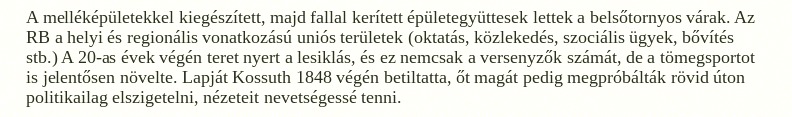
A melléképületekkel kiegészített, majd fallal kerített épületegyüttesek lettek a belsőtornyos várak. Az RB a helyi és regionális vonatkozású uniós területek (oktatás, közlekedés, szociális ügyek, bővítés stb.) A 20-as évek végén teret nyert a lesiklás, és ez nemcsak a versenyzők számát, de a tömegsportot is jelentősen növelte. Lapját Kossuth 1848 végén betiltatta, őt magát pedig megpróbálták rövid úton politikailag elszigetelni, nézeteit nevetségessé tenni.